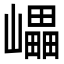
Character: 𡾊